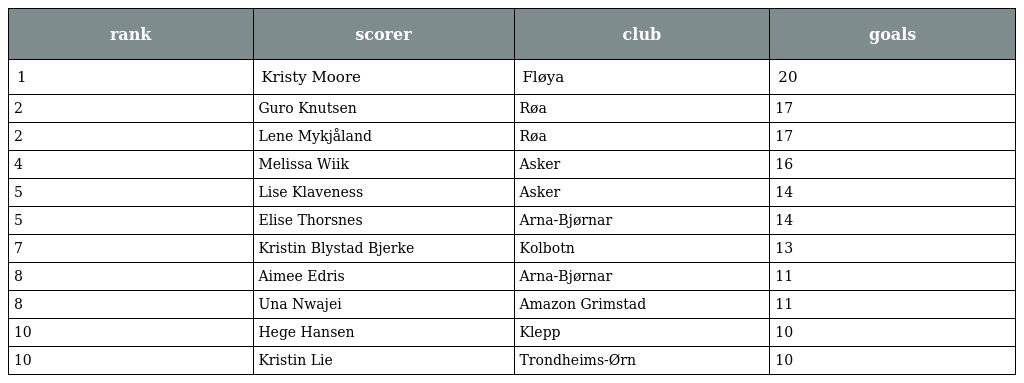
| rank | scorer | club | goals |
 | --- | --- | --- | --- |
 | 1 | Kristy Moore | Fløya | 20 |
 | 2 | Guro Knutsen | Røa | 17 |
 | 2 | Lene Mykjåland | Røa | 17 |
 | 4 | Melissa Wiik | Asker | 16 |
 | 5 | Lise Klaveness | Asker | 14 |
 | 5 | Elise Thorsnes | Arna-Bjørnar | 14 |
 | 7 | Kristin Blystad Bjerke | Kolbotn | 13 |
 | 8 | Aimee Edris | Arna-Bjørnar | 11 |
 | 8 | Una Nwajei | Amazon Grimstad | 11 |
 | 10 | Hege Hansen | Klepp | 10 |
 | 10 | Kristin Lie | Trondheims-Ørn | 10 |